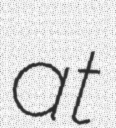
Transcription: at